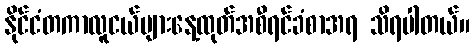
နိုင်ငံတကာလူငယ်များနေ့ထုတ်အစီရင်ခံစာအရ သိရပါတယ်။